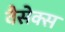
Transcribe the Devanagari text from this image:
वैसेक्स